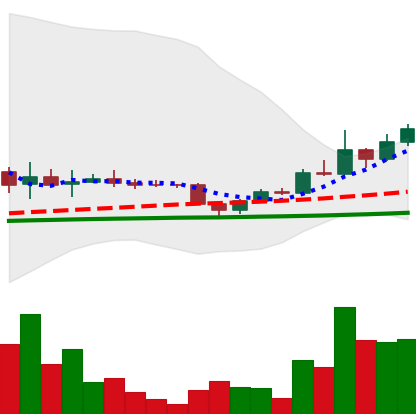
Ticker: DOGE-USD
Chart end date: 2022-11-30
Forward return: -5.04%
Label: down_5_7